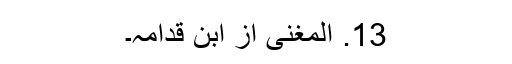
13. المغنی از ابن قدامہ۔